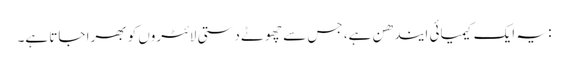
: یہ ایک کیمیائی ایندھن ہے، جس سے چھوٹے دستی لائٹروں کو بھرا جاتا ہے۔